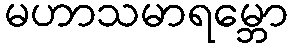
မဟာသမာရမ္ဘော